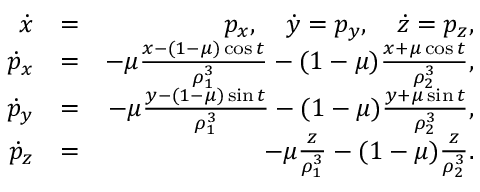
\begin{array} { r l r } { \dot { x } } & { = } & { p _ { x } , \quad \dot { y } = p _ { y } , \quad \dot { z } = p _ { z } , } \\ { \dot { p } _ { x } } & { = } & { - \mu \frac { x - ( 1 - \mu ) \cos { t } } { \rho _ { 1 } ^ { 3 } } - ( 1 - \mu ) \frac { x + \mu \cos { t } } { \rho _ { 2 } ^ { 3 } } , } \\ { \dot { p } _ { y } } & { = } & { - \mu \frac { y - ( 1 - \mu ) \sin { t } } { \rho _ { 1 } ^ { 3 } } - ( 1 - \mu ) \frac { y + \mu \sin { t } } { \rho _ { 2 } ^ { 3 } } , } \\ { \dot { p } _ { z } } & { = } & { - \mu \frac { z } { \rho _ { 1 } ^ { 3 } } - ( 1 - \mu ) \frac { z } { \rho _ { 2 } ^ { 3 } } . } \end{array}